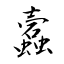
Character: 蠧